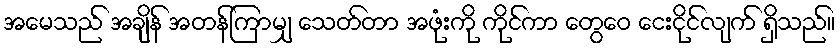
အမေသည် အချိန် အတန်ကြာမျှ သေတ်တာ အဖုံးကို ကိုင်ကာ တွေဝေ ငေးငိုင်လျက် ရှိသည်။